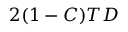
2 ( 1 - C ) T D